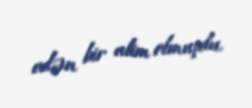
edən bir alim olmuşdu.